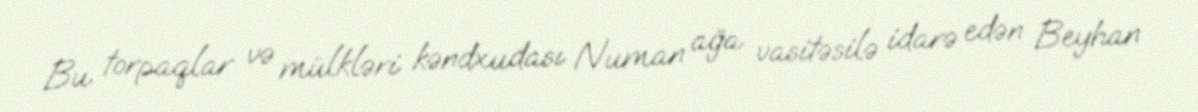
Bu torpaqlar və mülkləri kəndxudası Numan ağa vasitəsilə idarə edən Beyhan